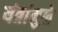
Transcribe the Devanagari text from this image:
यंत्रांमुळे